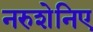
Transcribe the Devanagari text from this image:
नरुशेनिए